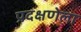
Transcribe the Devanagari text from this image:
प्रदक्षणेला